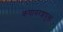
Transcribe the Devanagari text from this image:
कषायरशयुक्त